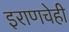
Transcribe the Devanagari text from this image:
इराणचेही